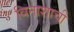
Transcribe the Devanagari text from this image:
विनाशाची